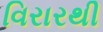
વિરારથી